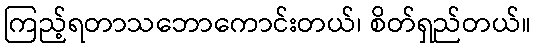
ကြည့်ရတာသဘောကောင်းတယ်၊ စိတ်ရှည်တယ်။